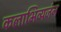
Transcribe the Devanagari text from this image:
कलाभिव्यजंन